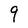
Character: 9